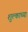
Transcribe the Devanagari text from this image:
शुल्काच्या